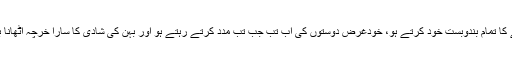
اپنے بھائی کو دوبئی بھجوانے کا تمام بندوبست خود کرتے ہو، خودغرض دوستوں کی اب تب جب تب مدد کرتے رہتے ہو اور بہن کی شادی کا سارا خرچہ اٹھانا بھی اپنا فرض سمجھ لیتے ہو ۔